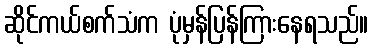
ဆိုင်ကယ်စက်သံက ပုံမှန်ပြန်ကြားနေရသည်။